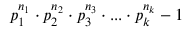
p _ { 1 } ^ { n _ { 1 } } \cdot p _ { 2 } ^ { n _ { 2 } } \cdot p _ { 3 } ^ { n _ { 3 } } \cdot . . . \cdot p _ { k } ^ { n _ { k } } - 1